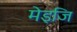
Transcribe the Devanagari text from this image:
मेइजि